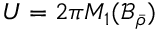
U = 2 \pi M _ { 1 } ( \mathcal { B } _ { \bar { \rho } } )